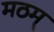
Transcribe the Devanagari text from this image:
मठम्